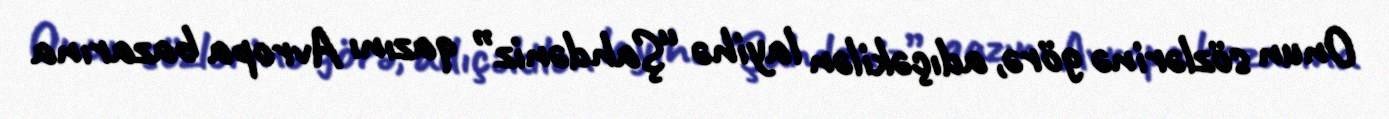
Onun sözlərinə görə, adıçəkilən layihə “Şahdəniz” qazını Avropa bazarına